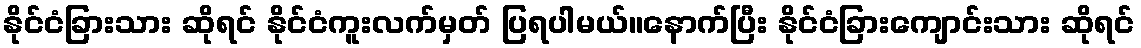
နိုင်ငံခြားသား ဆိုရင် နိုင်ငံကူးလက်မှတ် ပြရပါမယ်။နောက်ပြီး နိုင်ငံခြားကျောင်းသား ဆိုရင်